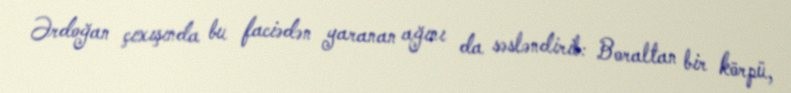
Ərdoğan çıxışında bu faciədən yaranan ağını da səsləndirib: Boraltan bir körpü,